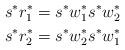
LaTeX: \begin{align*}s^*r^*_1&=s^* w^*_1 s^* w^*_2\\s^*r^*_2&=s^* w^*_2 s^* w^*_1\end{align*}